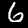
Digit: 6